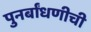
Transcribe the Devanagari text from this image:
पुनर्बांधणीची